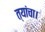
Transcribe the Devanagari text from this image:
त्यांचा।